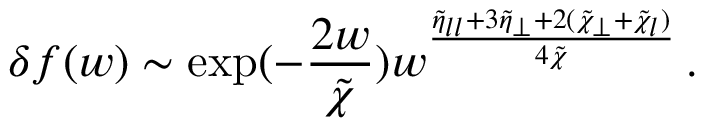
\delta f ( w ) \sim \exp ( - \frac { 2 w } { \tilde { \chi } } ) w ^ { \frac { \tilde { \eta } _ { l l } + 3 \tilde { \eta } _ { \perp } + 2 ( \tilde { \chi } _ { \perp } + \tilde { \chi } _ { l } ) } { 4 \tilde { \chi } } } \, .